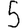
Digit: 5